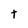
Character: t